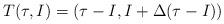
LaTeX: \begin{align*} T(\tau, I)=( \tau-I, I+\Delta(\tau-I))\end{align*}